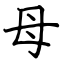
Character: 母